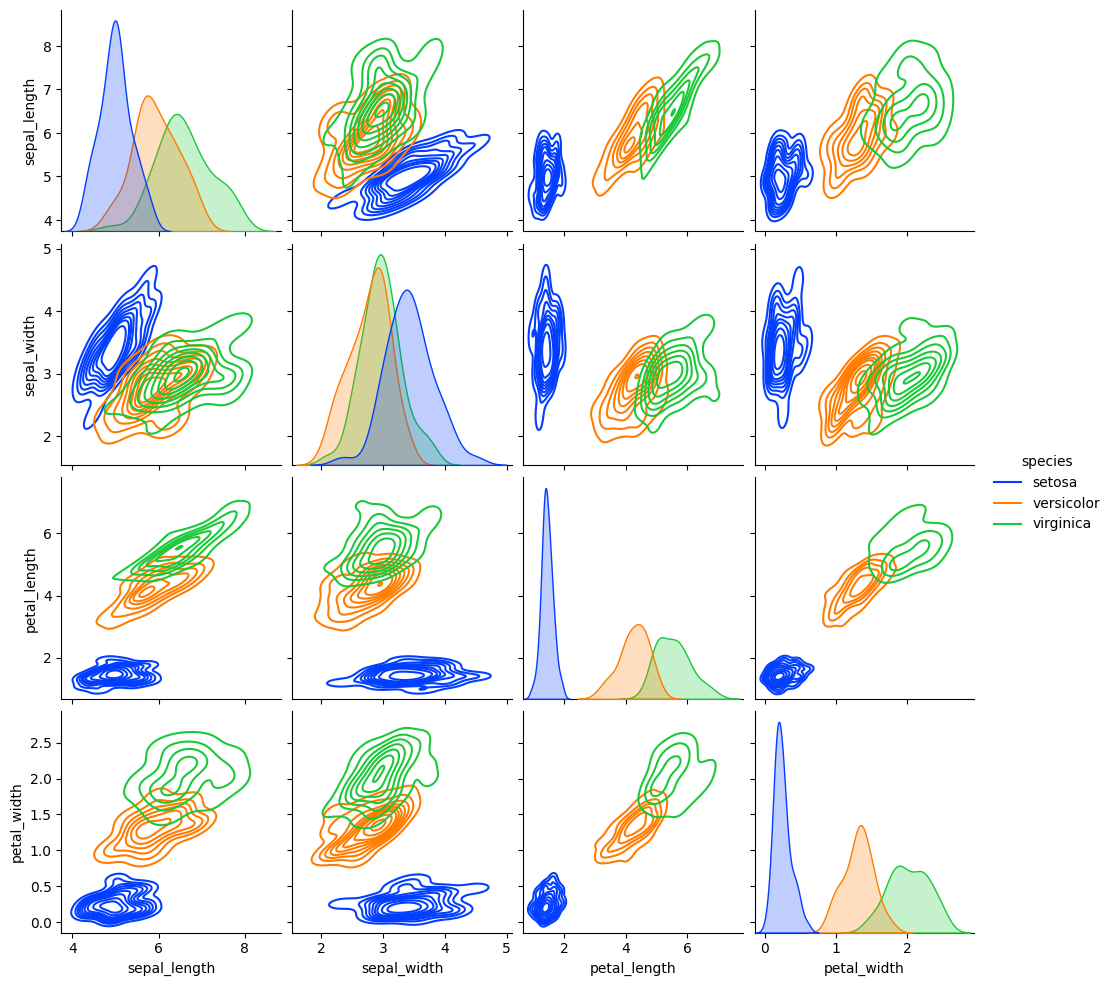
python, seaborn, pairplot, palette='bright', markers=['o'], kind='kde', diag_kind='auto'